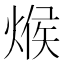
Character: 𪹍